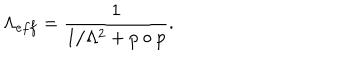
LaTeX: \Lambda _ { e f f } = \frac { 1 } { 1 / \Lambda ^ { 2 } + p \circ p } .